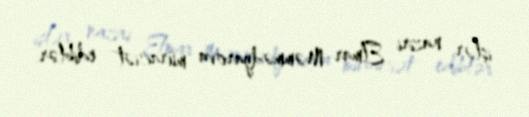
işlər naziri Elmar Məmmədyarova müraciət ediblər.